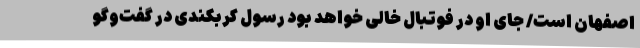
اصفهان است/ جای او در فوتبال خالی خواهد بود رسول کربکندی در گفت‌وگو